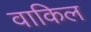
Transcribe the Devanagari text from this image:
वाकिल